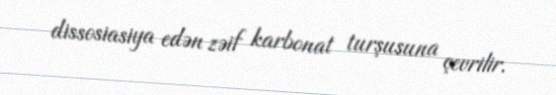
dissosiasiya edən zəif karbonat turşusuna çevrilir.